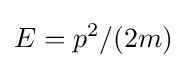
E=p^{2}/(2m)